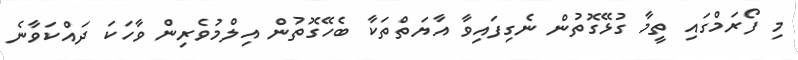
މި ފޯރަމްގައި ތީމާ ގުޅޭގޮތުން ނެގިފައިވާ އާޔަތްތަކާ ބެހޭގޮތުން އިލްމުވެރިން ވާހަކަ ދައްކަވާނެ